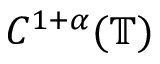
C ^ { 1 + \alpha } ( \mathbb { T } )